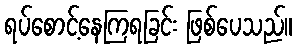
ရပ်စောင့်နေကြရခြင်း ဖြစ်ပေသည်။